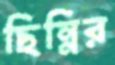
ছিন্নির